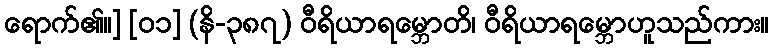
ရောက်၏။] [၀၁] (နိ-၃၈၇) ဝီရိယာရမ္ဘောတိ၊ ဝီရိယာရမ္ဘောဟူသည်ကား။